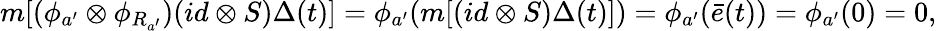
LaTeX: m[(\phi_{a^{\prime}}\otimes\phi_{R_{a^{\prime}}})(id\otimes S)\Delta(t)]=\phi_{a^{\prime}}(m[(id\otimes S)\Delta(t)])=\phi_{a^{\prime}}(\bar{e}(t))=\phi_{a^{\prime}}(0)=0,